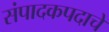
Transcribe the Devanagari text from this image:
संपादकपदाचे